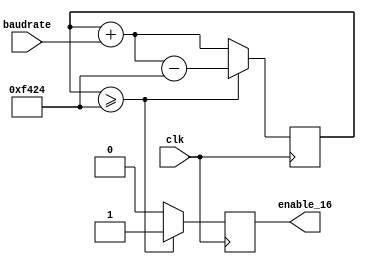
module dds_uart_clock(
           clk,
           baudrate,
           enable_16
       );

parameter TOP = 62500;
parameter ACCUM_BITS = 18;

input clk;
input [15:0] baudrate;
output reg enable_16;

reg [ACCUM_BITS-1:0] accum = 0;

always @(posedge clk)
    begin
        if (accum >= TOP)
            begin
                accum <= accum + baudrate - TOP;
                enable_16 <= 1;
            end
        else
            begin
                accum <= accum + baudrate;
                enable_16 <= 0;
            end
    end

endmodule